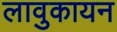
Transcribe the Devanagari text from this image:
लावुकायन